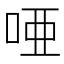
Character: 唖